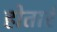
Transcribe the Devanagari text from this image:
होतारं